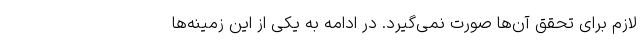
لازم برای تحقق آن‌ها صورت نمی‌گیرد. در ادامه به یکی از این زمینه‌ها